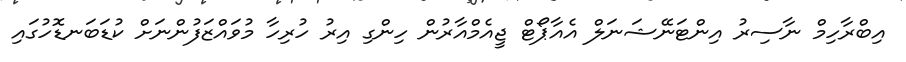
އިބްރާހިމް ނާސިރު އިންޓަނޭޝަނަލް އެއާޕޯޓް ޖީއެމްއާރުން ހިންގި އިރު ހުރިހާ މުވައްޒަފުންނަށް ކުޑަބަނޑޮހުގައި